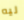
ليه